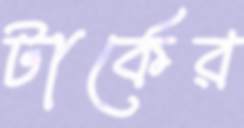
টার্কের